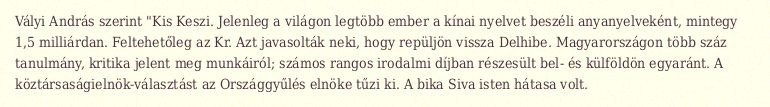
Vályi András szerint "Kis Keszi. Jelenleg a világon legtöbb ember a kínai nyelvet beszéli anyanyelveként, mintegy 1,5 milliárdan. Feltehetőleg az Kr. Azt javasolták neki, hogy repüljön vissza Delhibe. Magyarországon több száz tanulmány, kritika jelent meg munkáiról; számos rangos irodalmi díjban részesült bel- és külföldön egyaránt. A köztársaságielnök-választást az Országgyűlés elnöke tűzi ki. A bika Siva isten hátasa volt.